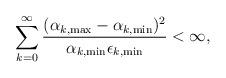
LaTeX: \begin{align*}\sum_{k=0}^\infty\frac{(\alpha_{k,\max}-\alpha_{k,\min})^2}{\alpha_{k,\min}\epsilon_{k,\min}}<\infty,\end{align*}